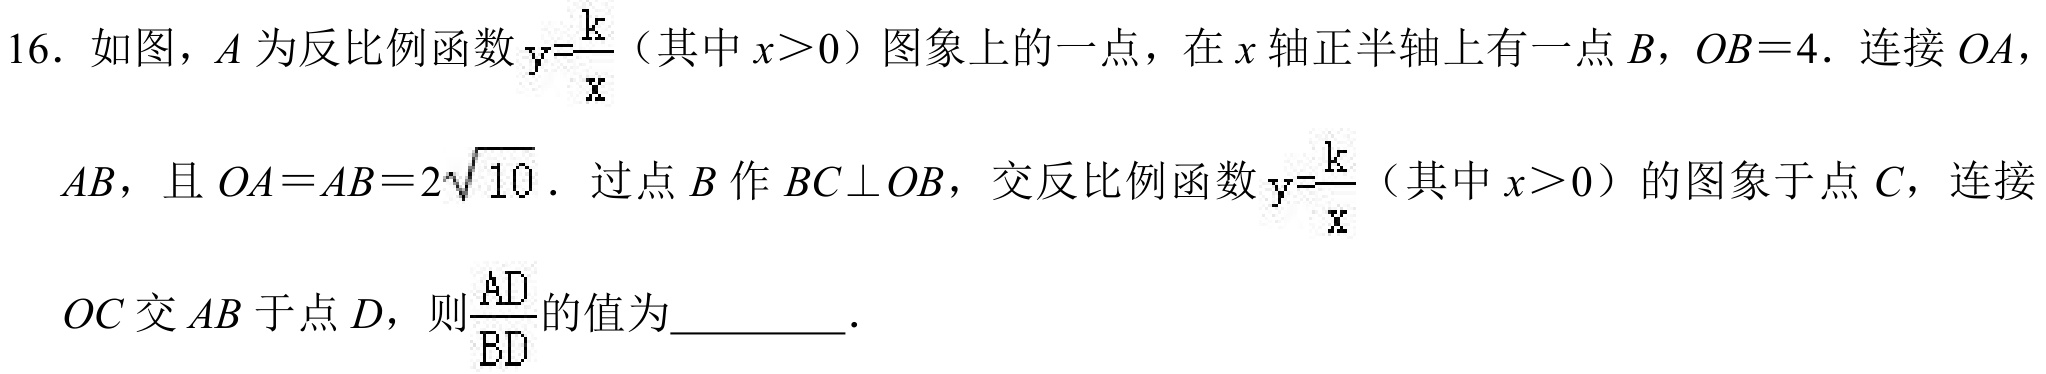
16. 如图，\(A\) 为反比例函数 \(y = \frac{k}{x}\)（其中 \(x>0\)）图象上的一点，在 \(x\) 轴正半轴上有一点 \(B\)，\(OB = 4\)．连接 \(OA\)，
\(AB\)，且 \(OA = AB = 2\sqrt{10}\)．过点 \(B\) 作 \(BC\perp OB\)，交反比例函数 \(y = \frac{k}{x}\)（其中 \(x>0\)）的图象于点 \(C\)，连接
\(OC\) 交 \(AB\) 于点 \(D\)，则\(\frac{AD}{BD}\)的值为  ．